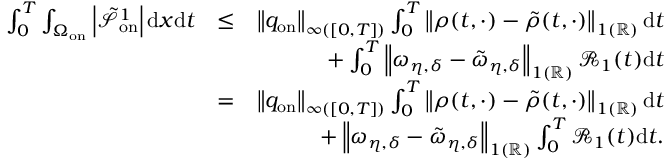
\begin{array} { r l r } { \int _ { 0 } ^ { T } \int _ { \Omega _ { \mathrm { o n } } } \left| \tilde { \mathcal { S } } _ { \mathrm { o n } } ^ { 1 } \right| \mathrm { d } x \mathrm { d } t } & { \leq } & { { \left\| q _ { \mathrm { o n } } \right\| _ { \L { \infty } ( [ 0 , T ] ) } } \int _ { 0 } ^ { T } \left\| \rho ( t , \cdot ) - \tilde { \rho } ( t , \cdot ) \right\| _ { \L { 1 } ( \mathbb { R } ) } \mathrm { d } t } \\ & { } & { + \int _ { 0 } ^ { T } \left\| \omega _ { \eta , \delta } - \tilde { \omega } _ { \eta , \delta } \right\| _ { \L { 1 } ( \mathbb { R } ) } \mathcal { R } _ { 1 } ( t ) \mathrm { d } t } \\ & { = } & { \left\| q _ { \mathrm { o n } } \right\| _ { \L { \infty } ( [ 0 , T ] ) } \int _ { 0 } ^ { T } \left\| \rho ( t , \cdot ) - \tilde { \rho } ( t , \cdot ) \right\| _ { \L { 1 } ( \mathbb { R } ) } \mathrm { d } t } \\ & { } & { + \left\| \omega _ { \eta , \delta } - \tilde { \omega } _ { \eta , \delta } \right\| _ { \L { 1 } ( \mathbb { R } ) } \int _ { 0 } ^ { T } \mathcal { R } _ { 1 } ( t ) \mathrm { d } t . } \end{array}